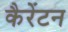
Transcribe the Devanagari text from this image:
कैरेंटन